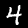
Label: 4